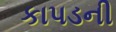
કાપડની